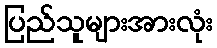
ပြည်သူများအားလုံး